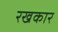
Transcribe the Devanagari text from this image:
रखकार